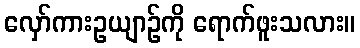
လှော်ကားဥယျာဉ်ကို ရောက်ဖူးသလား။